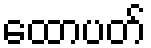
ထောပတ်